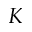
K